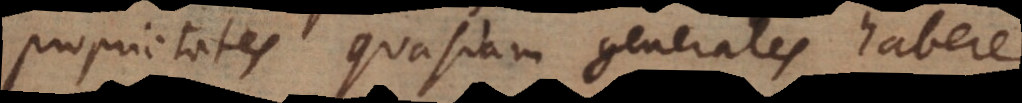
proprietates quasdam generales habere